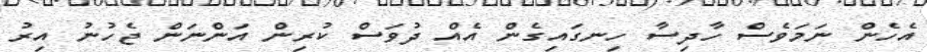
އެހެން ނަމަވެސް ހާދިސާ ހިނގައިގެން އެއް ދުވަސް ކުރިން އަންނަން ޖެހުނު އިރު